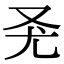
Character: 𠬭